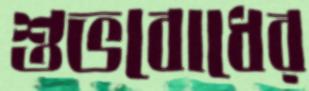
শুভবোধের